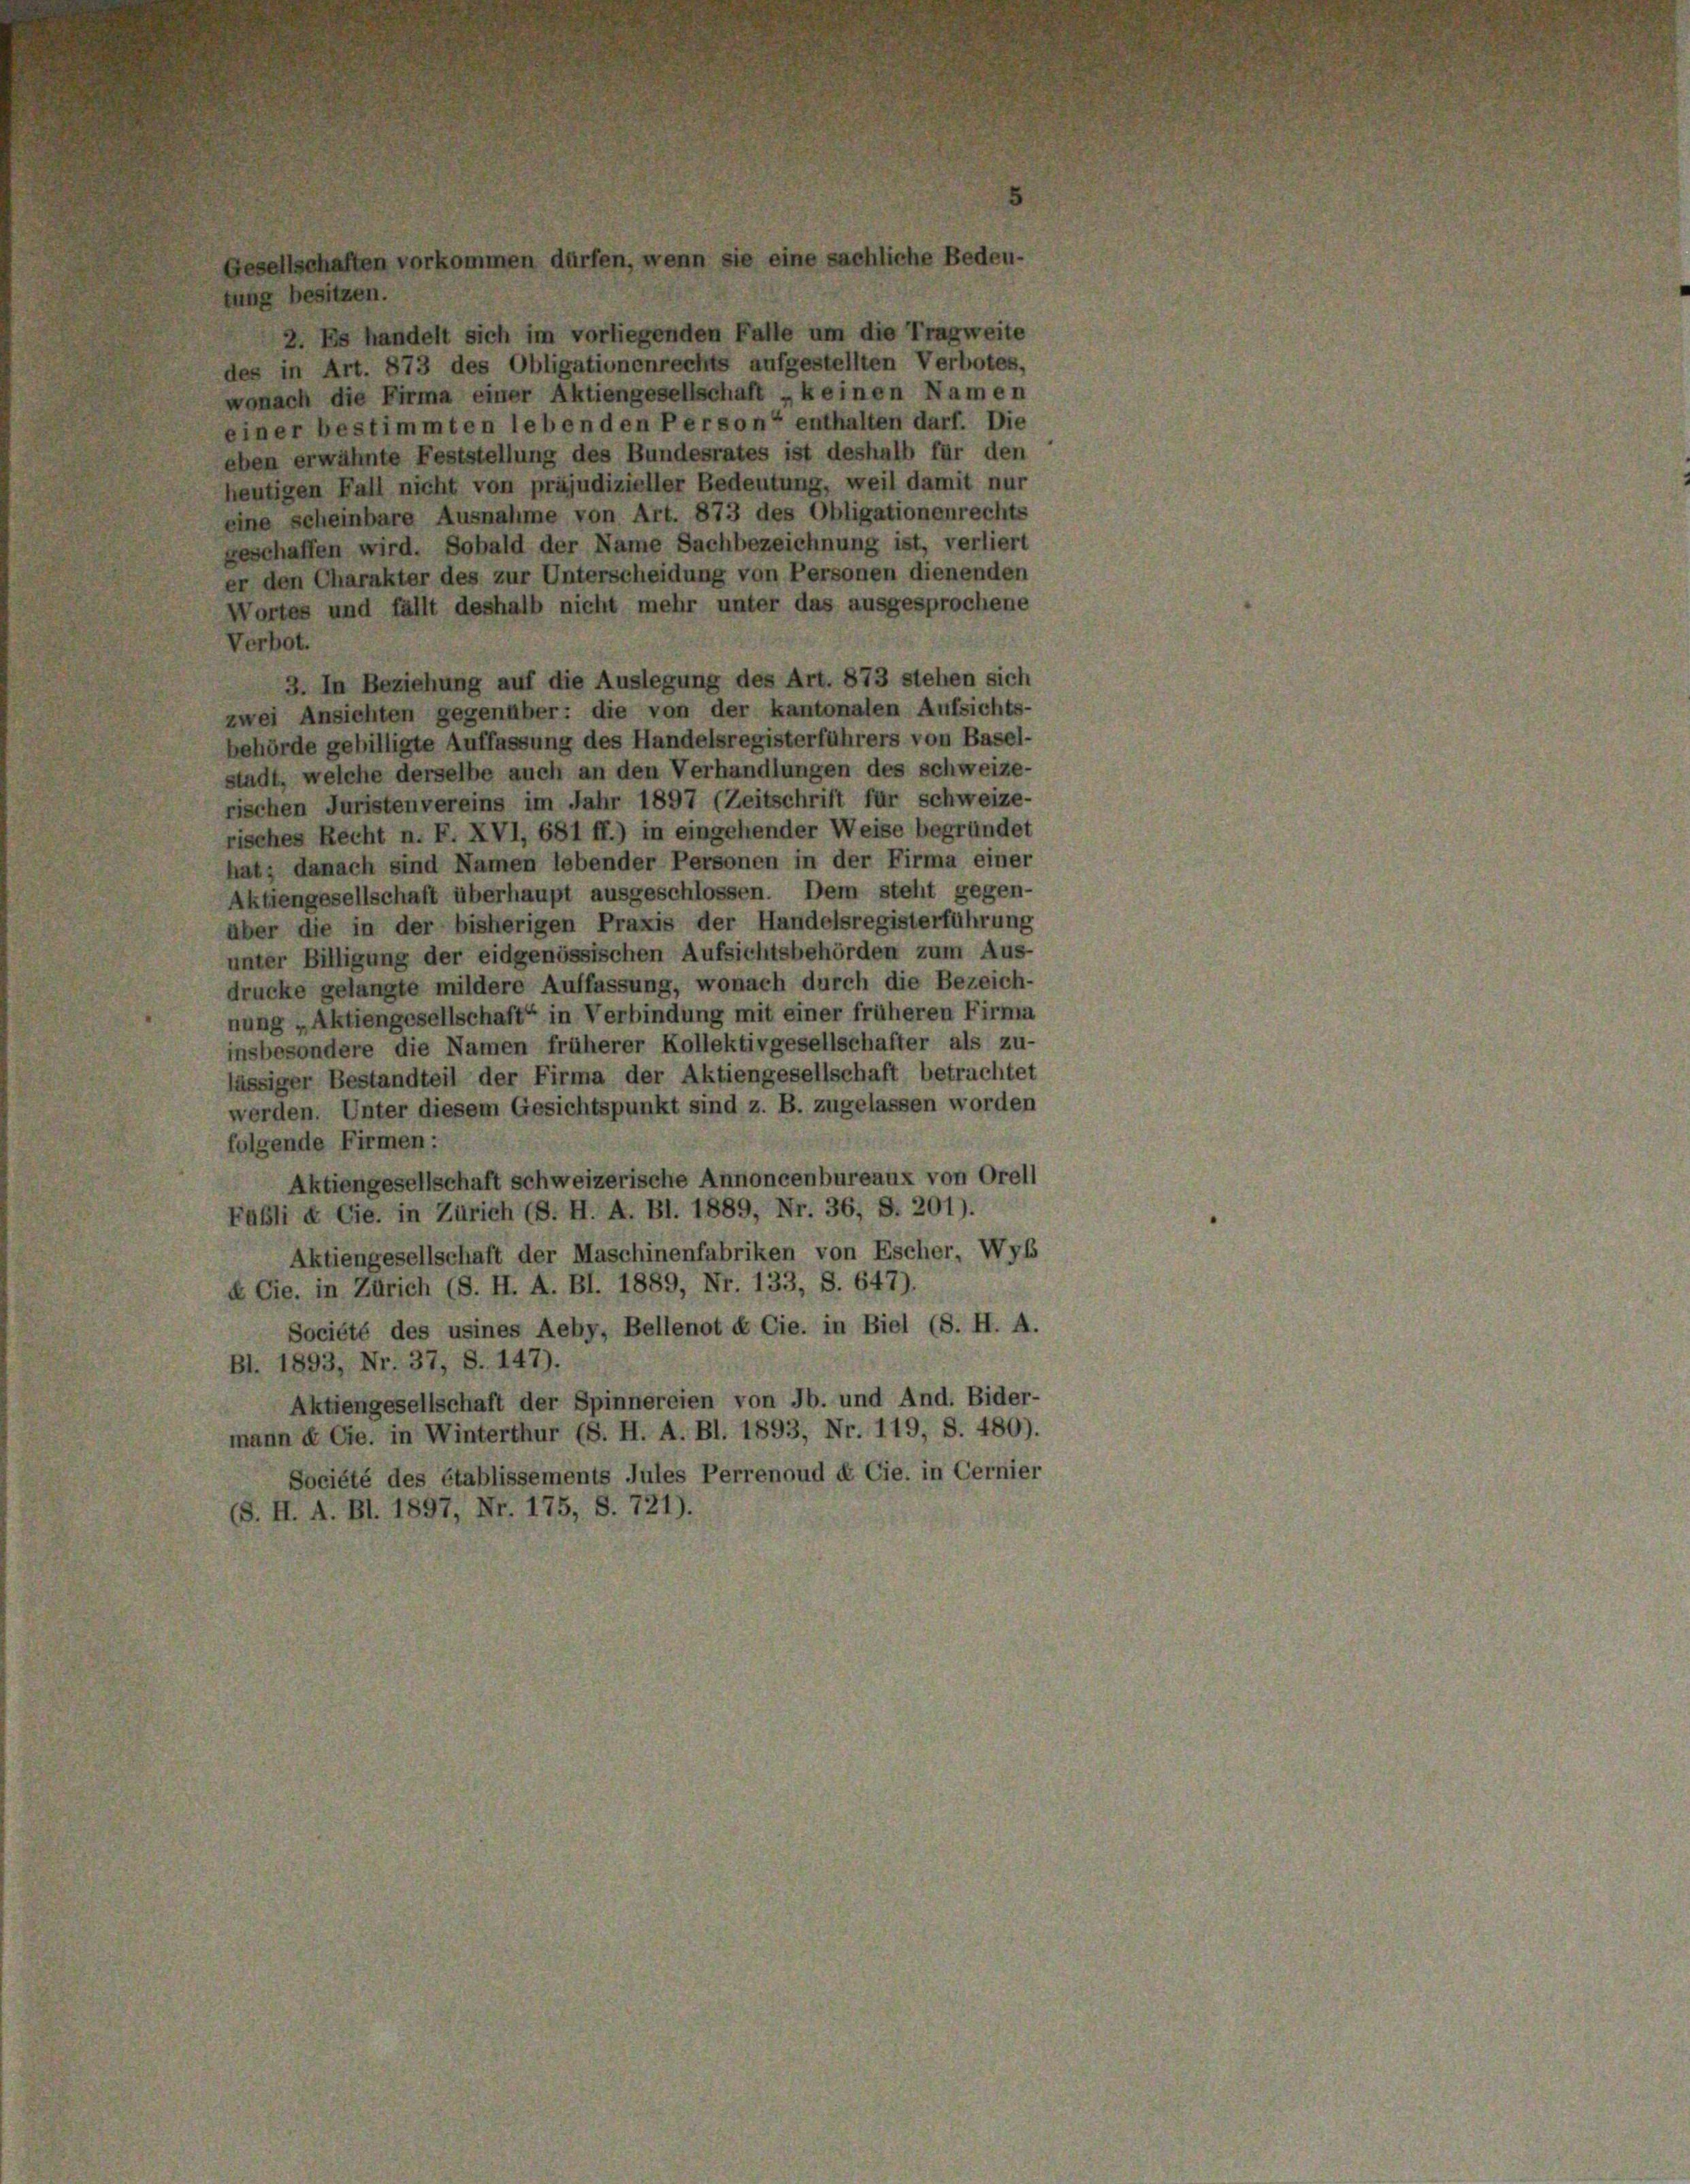
ächliche Bedeu-

2. Es handelt sich im vorliegenden Falle um die Tragweite
des in Art. 873 des Obligationenrechts aufgestellten Verbotes,
wonach die Firma einer Aktiengesellschaft „keinen Namen
einer bestimmten lebenden Person“ enthalten darf. Die
eben erwähnte Feststellung des Bundesrates ist deshalb für den
heutigen Fall nicht von präjudizieller Bedeutung, weil damit nur
eine scheinbare Ausnahme von Art. 873 des Obligationenrechts
geschaffen wird. Sobald der Name Sachbezeichnung ist, verliert
er den Charakter des zur Unterscheidung von Personen dienenden
Wortes und fällt deshalb nicht mehr unter das ausgesprochene
Verbot.
3. In Beziehung auf die Auslegung des Art. 873 stehen sich
zwei Ansichten gegenüber: die von der kantonalen Aufsichts-
behörde gebilligte Auffassung des Handelsregisterführers von Basel-
stadt, welche derselbe auch an den Verhandlungen des schweize-
rischen Juristenvereins im Jahr 1897 (Zeitschrift für schweize-
risches Recht n. F. XVI, 681 ff.) in eingehender Weise begründet
hat; danach sind Namen lebender Personen in der Firma einer
Aktiengesellschaft überhaupt ausgeschlossen. Dem steht gegen-
über die in der bisherigen Praxis der Handelsregisterführung
unter Billigung der eidgenössischen Aufsichtsbehörden zum Aus-
drucke gelangte mildere Auffassung, wonach durch die Bezeich-
nung „Aktiengesellschaft“ in Verbindung mit einer früheren Firma
insbesondere die Namen früherer Kollektivgesellschafter als zu-
lässiger Bestandteil der Firma der Aktiengesellschaft betrachtet
werden. Unter diesem Gesichtspunkt sind z. B. zugelassen worden
folgende Firmen:
Aktiengesellschaft schweizerische Annoncenbureaux von Orell
Fabli & Cie. in Zürich (S. H. A. Bl. 1889, Nr. 36, S. 201).
Aktiengesellschaft der Maschinenfabriken von Escher, Wyb
k Cie. in Zürich (S. H. A. Bl. 1889, Nr. 133, S. 647).
Société des usines Aehy, Bellenot & Cie. in Biel (S. H. A.
Bl. 1893, Nr. 37, S. 147).
Aktiengesellschaft der Spinnereien von Jb. und And. Bider-
mann de Gfe. in Winterthur (S. H. A. Bl. 1893, Nr. 119, S. 480).
Société des établissements Jules Perrenoud ex Cie. in Cernier
(S. H. A. Bl. 1897, Nr. 175, S. 721).